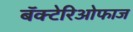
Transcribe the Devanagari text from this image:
बॅक्टेरिओफाज